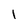
Character: 1